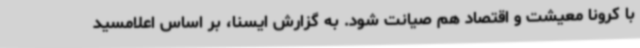
با کرونا معیشت و اقتصاد هم صیانت شود. به گزارش ایسنا، بر اساس اعلامسید